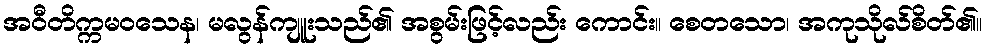
အဝီတိက္ကမဝသေန၊ မလွန်ကျူးသည်၏ အစွမ်းဖြင့်လည်း ကောင်း။ စေတသော၊ အကုသိုလ်စိတ်၏။